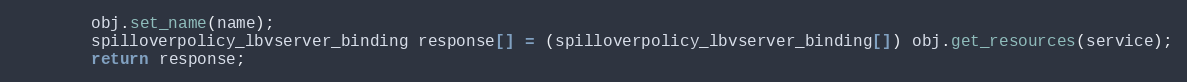
Language: Java
		obj.set_name(name);
		spilloverpolicy_lbvserver_binding response[] = (spilloverpolicy_lbvserver_binding[]) obj.get_resources(service);
		return response;